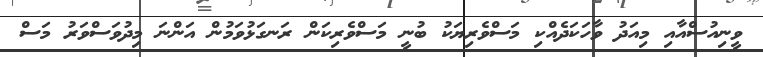
ވީނިއުސްއާއި މިއަދު ވާހަކަދެއްކި މަސްވެރިޔަކު ބުނީ މަސްވެރިކަން ރަނގަޅުވަމުން އަންނަ މިދުވަސްވަރު މަސް